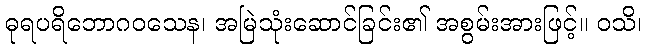
ဓုရပရိဘောဂဝသေန၊ အမြဲသုံးဆောင်ခြင်း၏ အစွမ်းအားဖြင့်။ ဝသိ၊